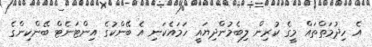
އެ ހިދުމަތްތައް މީގެ ކުރިން ލިބެމުންދިޔައީ ހަމައެކަނި އެ ބޭންކުގެ އިންޓަނެޓް ބޭންކިންގެ